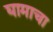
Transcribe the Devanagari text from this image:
घामाचा